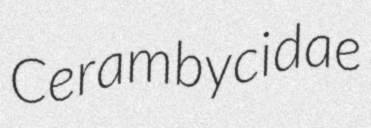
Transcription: Cerambycidae